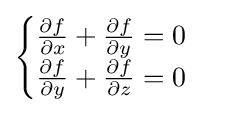
{\begin{cases}{\frac {\partial f}{\partial x}}+{\frac {\partial f}{\partial y}}=0\\{\frac {\partial f}{\partial y}}+{\frac {\partial f}{\partial z}}=0\end{cases}}